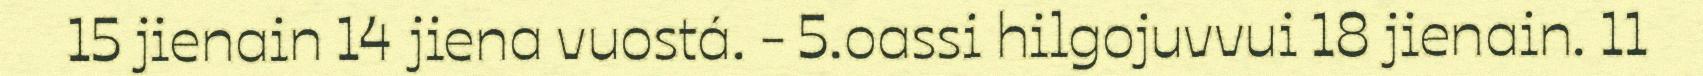
15 jienain 14 jiena vuostá. - 5.oassi hilgojuvvui 18 jienain. 11